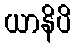
ယာနိပိ